Report on vaccination proceedings throughout the Government of Bengal -
Year: 1868
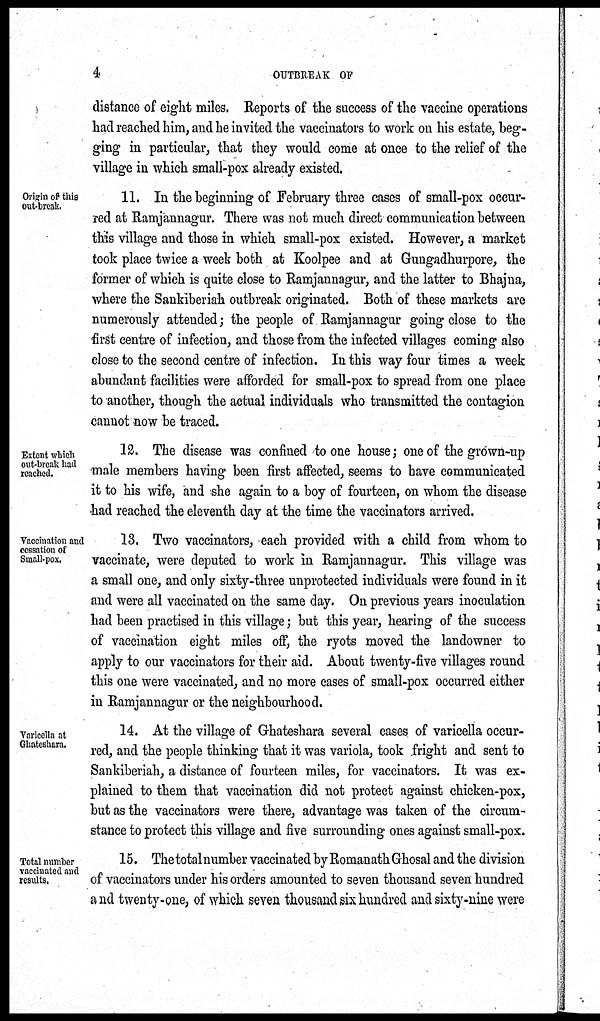
4
OUTBREAK OF
distance of eight miles. Reports of the success of the vaccine operations
had reached him, and he invited the vaccinators to work on his estate, beg-
ging in particular, that they would come at once to the relief of the
village in which small-pox already existed.
Origin of this
out-break.
11. In the beginning of February three cases of small-pox occur-
red at Ramjannagur. There was not much direct communication between
this village and those in which small-pox existed. However, a market
took place twice a week both at Koolpee and at Gungadhurpore, the
former of which is quite close to Ramjannagur, and the latter to Bhajna,
where the Sankiberiah outbreak originated. Both of these markets are
numerously attended; the people of Ramjannagur going close to the
first centre of infection, and those from the infected villages coming also
close to the second centre of infection. In this way four times a week
abundant facilities were afforded for small-pox to spread from one place
to another, though the actual individuals who transmitted the contagion
cannot now be traced.
Extent which
out-break had
reached.
12. The disease was confined to one house; one of the grown-up
male members having been first affected, seems to have communicated
it to his wife, and she again to a boy of fourteen, on whom the disease
had reached the eleventh day at the time the vaccinators arrived.
Vaccination and
cessation of
Small-pox.
13. Two vaccinators, each provided with a child from whom to
vaccinate, were deputed to work in Ramjannagur. This village was
a small one, and only sixty-three unprotected individuals were found in it
and were all vaccinated on the same day. On previous years inoculation
had been practised in this village; but this year, hearing of the success
of vaccination eight miles off, the ryots moved the landowner to
apply to our vaccinators for their aid. About twenty-five villages round
this one were vaccinated, and no more cases of small-pox occurred either
in Ramjannagur or the neighbourhood.
Varicella at
Ghateshara.
14. At the village of Ghateshara several cases of varicella occur-
red, and the people thinking that it was variola, took fright and sent to
Sankiberiah, a distance of fourteen miles, for vaccinators. It was ex-
plained to them that vaccination did not protect against chicken-pox,
but as the vaccinators were there, advantage was taken of the circum-
stance to protect this village and five surrounding ones against small-pox.
Total number
vaccinated and
results.
15. Thetotalnumber vaccinated by RomanathGhosal and the division
of vaccinators under his orders amounted to seven thousand seven hundred
and twenty-one, of which seven thousand six hundred and sixty-nine were